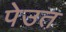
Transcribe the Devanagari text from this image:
पेउत